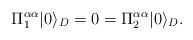
LaTeX: \begin{align*}\Pi_1^{\alpha\alpha}|0\rangle_D=0= \Pi_2^{\alpha\alpha} |0\rangle_D.\,\end{align*}